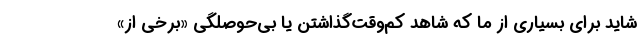
شاید برای بسیاری از ما که شاهد کم‌وقت‌گذاشتن یا بی‌حوصلگی «برخی از»